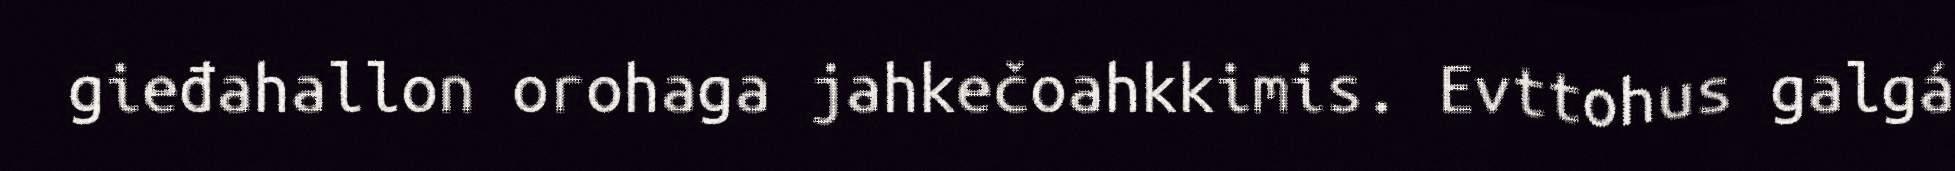
gieđahallon orohaga jahkečoahkkimis. Evttohus galgá